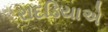
રાદડિયાએ